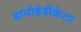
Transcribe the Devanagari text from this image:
बायोइंडीकेटर